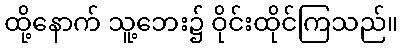
ထို့နောက် သူ့ဘေး၌ ဝိုင်းထိုင်ကြသည်။